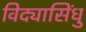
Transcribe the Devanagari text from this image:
विद्यासिंधु